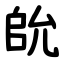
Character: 䦾